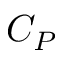
C _ { P }